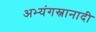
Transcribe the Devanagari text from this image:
अभ्यंगस्नानादी